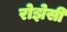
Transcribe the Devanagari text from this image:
रोझेसी